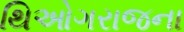
થિઓગરાજના